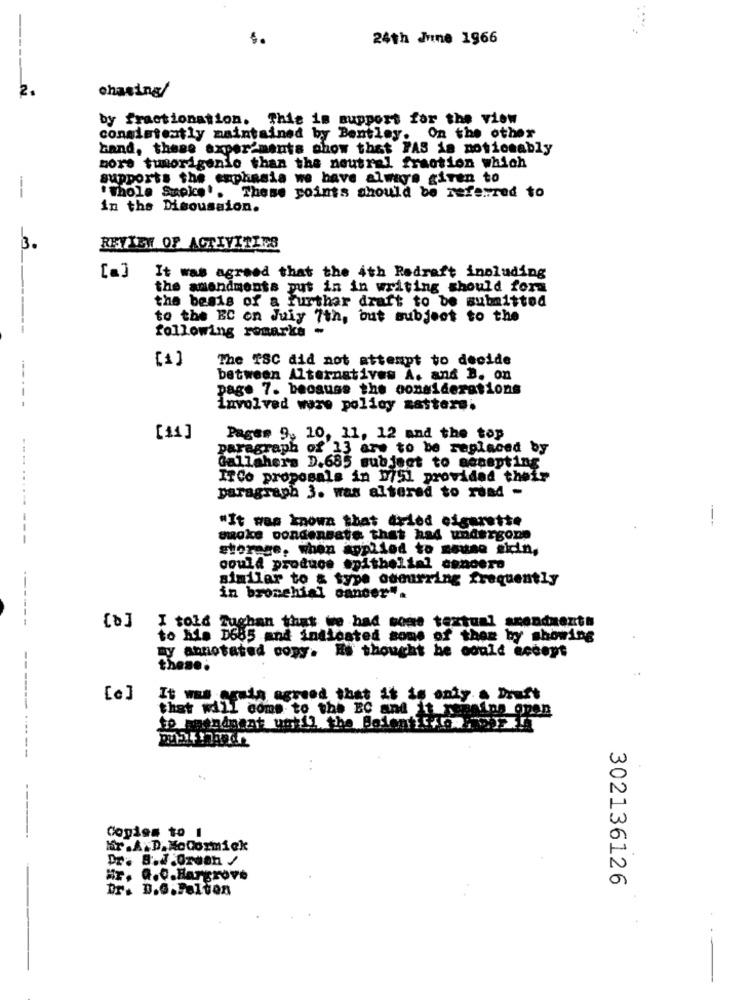
24th June 1966
2.
chasing/
by fractionation. This is support for the view
consistently maintained by Bentley. On the other
band, these axper ments show that FAS is potiomably
more tumorigente than the neutral fraction which
supports the er
5 enphasia we have always given to
-
"Thole Sapke'. These points should be referred to
in the Discussion.
3.
REVIEW OF ACTIVITIES
[a]
It was agreed that the 4th Redraft including
the amendments put in in writing should form
the besis of a further draft to be submitted
to the EC on July 7th, but subject to the
following remarks
[1]
The TSC did not attempt to decide
between Alternatives A. and B. on
page 7. because the considerations
involved ware policy zattere.
[11]
Pages 9, 10, 11, 12 and the top
paragraph of 13 are to be replaced by
Gallahers D.685 subject to accepting
ITCo proposals in 751 provided their
paragraph 3. was altered to read -
"It was known that dried cigarette
.....---- ---
suoke condensate that had undergone
storage, when applied to meune sidin,
could produce epithelial concera
similar to & type odourring frequently
in bronchial cancer".
I told Zughan that we had some textual amendments
------
to his D685 and indicated some of them by showing
my annotated copy. Es thought he could accept
These
[e]
It was again agreed that it is only a Druft
that will come to the EC and it remains open
-----------
---
Copias to 1
Mr .AND.MoCormick
#r. a.C.Hargrove
302136126
Dr. D.G.Felton